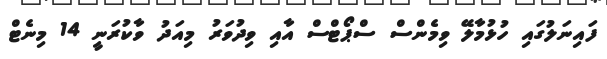
ފައިނަލުގައި ހުޅުމާލޭ ވިމެންސް ސްޕޯޓްސް އާއި ވިދުވަރު މިއަދު ވާކުރަނީ 14 މިނެޓް